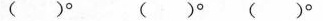
( )° ( )°( )°